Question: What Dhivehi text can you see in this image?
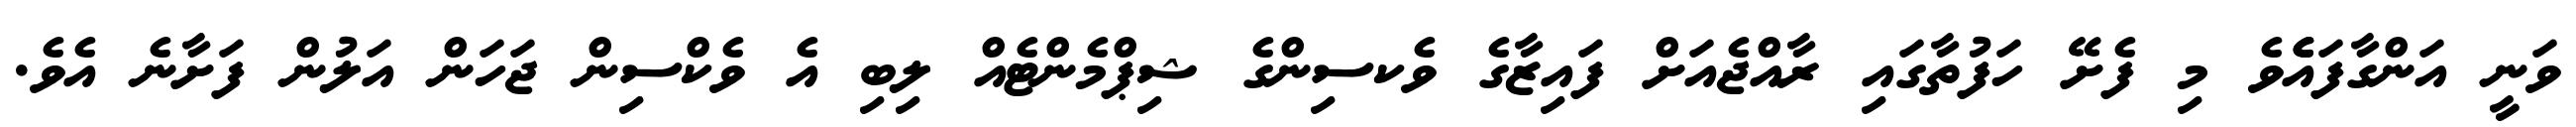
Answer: ވަނީ އަންގާފައެެވެ މި ފެށޭ ހަފުތާގައި ރާއްޖެއަށް ފައިޒާގެ ވެކސިންގެ ޝިޕްމެންޓެއް ލިބި އެ ވެކްސިން ޖަހަން އަލުން ފަށާނެ އެވެ.